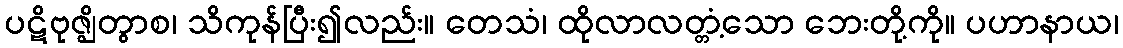
ပဋိဗုဇ္ဈိတွာစ၊ သိကုန်ပြီး၍လည်း။ တေသံ၊ ထိုလာလတ္တံ့သော ဘေးတို့ကို။ ပဟာနာယ၊